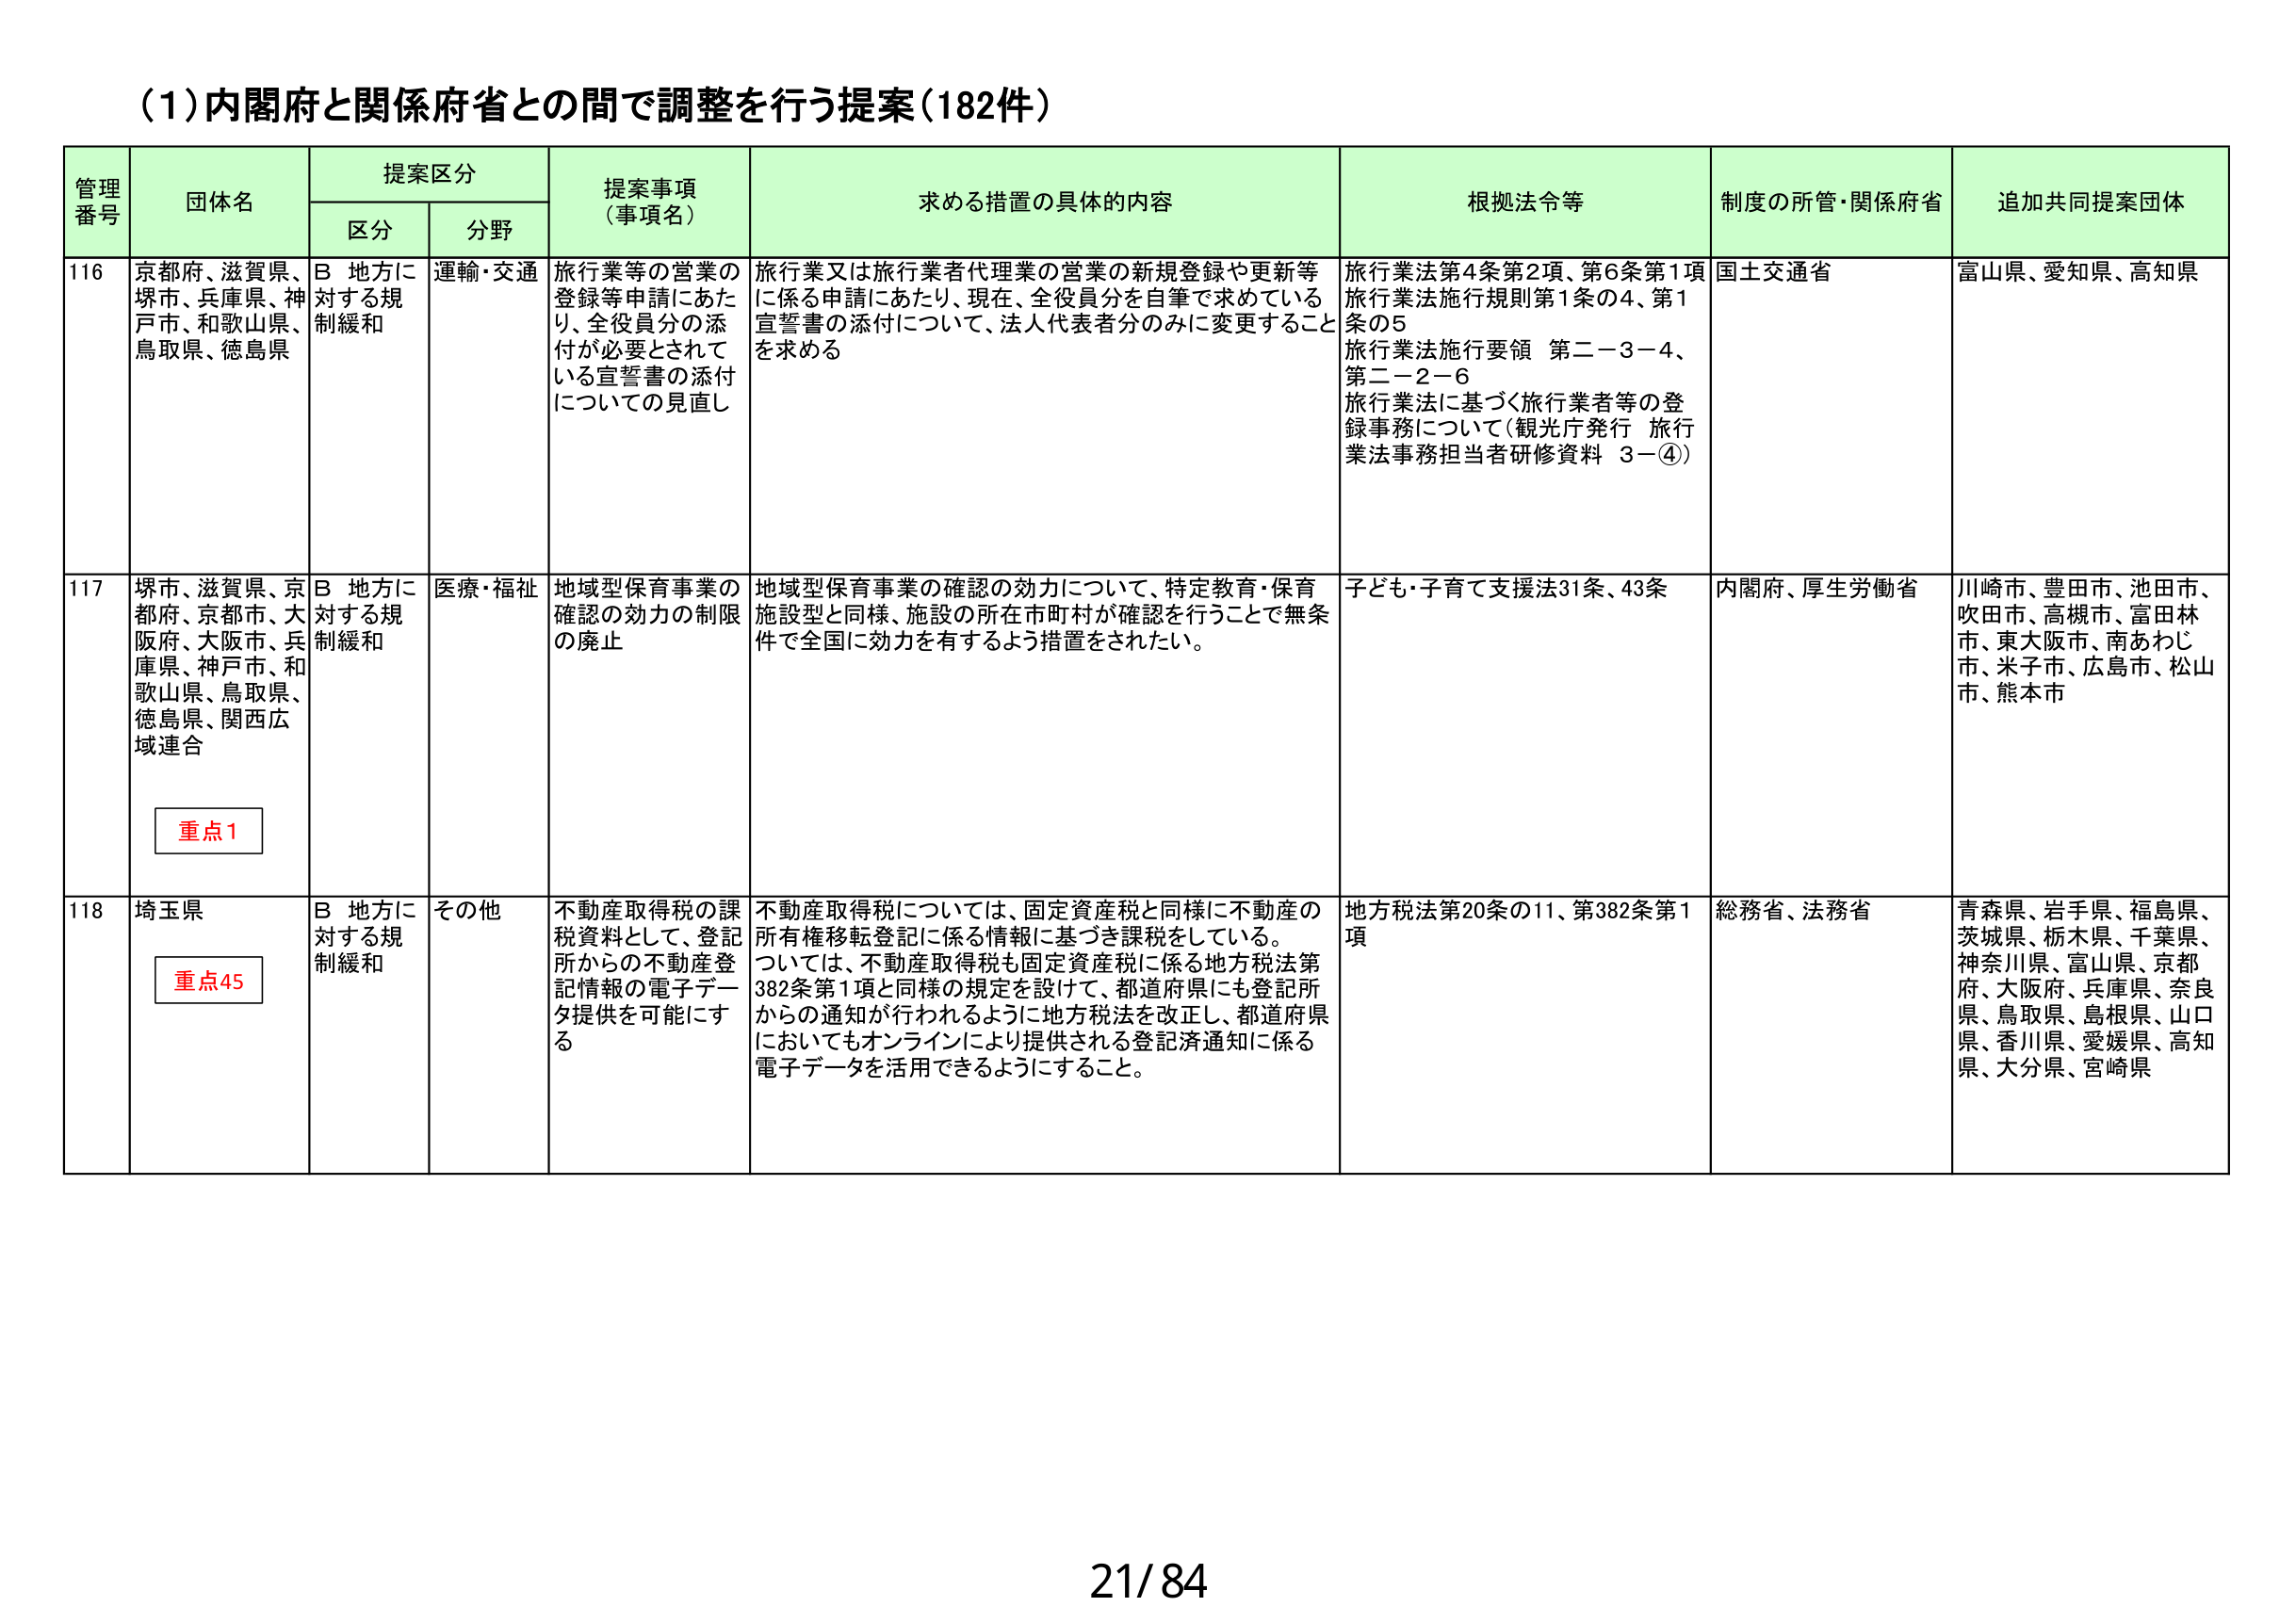
(1)内閣府と関係府省との間で調整を行う提案(182件)

管理番号 団体名 提案区分 提案事項（事項名） 求める措置の具体的内容 根拠法令等 制度の所管・関係府省 追加共同提案団体
区分 分野

116 京都府、滋賀県、堺市、兵庫県、神戸市、和歌山県、鳥取県、徳島県 B 地方に対する規制緩和 運輸・交通 旅行業等の営業の登録等申請にあたり、全役員分の添付が必要とされている宣誓書の添付についての見直し 旅行業又は旅行業者代理業の営業の新規登録や更新等に係る申請にあたり、現在、全役員分を自筆で求めている宣誓書の添付について、法人代表者分のみに変更することを求める 旅行業法第4条第2項、第6条第1項 旅行業法施行規則第1条の4、第1条の5 旅行業法施行要領 第二－3－4、第二－2－6 旅行業法に基づく旅行業者等の登録事務について(観光庁発行 旅行業法事務担当者研修資料 3－④) 国土交通省 富山県、愛知県、高知県

117 堺市、滋賀県、京都府、京都市、大阪府、大阪市、兵庫県、神戸市、和歌山県、鳥取県、徳島県、関西広域連合 B 地方に対する規制緩和 医療・福祉 地域型保育事業の確認の効力の制限の廃止 地域型保育事業の確認の効力について、特定教育・保育施設型と同様、施設の所在市町村が確認を行うことで無条件で全国に効力を有するよう措置をされたい。 子ども・子育て支援法31条、43条 内閣府、厚生労働省 川崎市、豊田市、池田市、吹田市、高槻市、富田林市、東大阪市、南あわじ市、米子市、広島市、松山市、熊本市

重点1

118 埼玉県 B 地方に対する規制緩和 その他 不動産取得税の課税資料として、登記所からの不動産登記情報の電子データ提供を可能にする 不動産取得税については、固定資産税と同様に不動産の所有権移転登記に係る情報に基づき課税をしている。 ついては、不動産取得税も固定資産税に係る地方税法第382条第1項と同様の規定を設けて、都道府県にも登記所からの通知が行われるように地方税法を改正し、都道府県においてもオンラインにより提供される登記済通知に係る電子データを活用できるようにすること。 地方税法第20条の11、第382条第1項 総務省、法務省 青森県、岩手県、福島県、茨城県、栃木県、千葉県、神奈川県、富山県、京都府、大阪府、兵庫県、奈良県、鳥取県、島根県、山口県、香川県、愛媛県、高知県、大分県、宮崎県

重点45

21/84